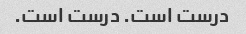
درست است. درست است.